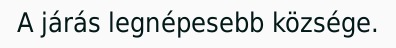
A járás legnépesebb községe.